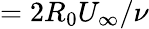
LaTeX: =2R_{0}U_{\infty}/\nu